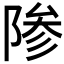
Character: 𬯊